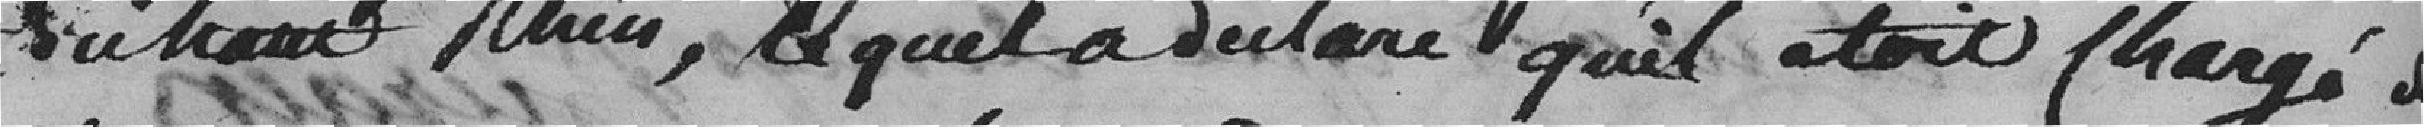
du Haut-Rhin, lequel a déclaré qu'il était chargé de